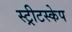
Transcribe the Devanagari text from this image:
स्ट्रीटस्केप